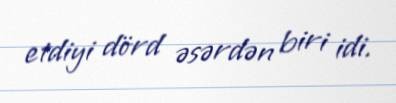
etdiyi dörd əsərdən biri idi.